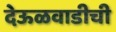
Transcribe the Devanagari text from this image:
देऊळवाडीची